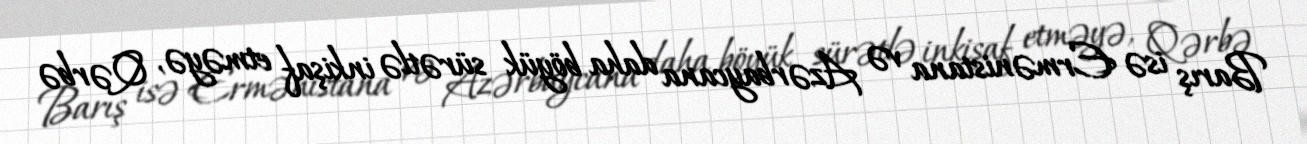
Barış isə Ermənistana və Azərbaycana daha böyük sürətlə inkişaf etməyə, Qərbə